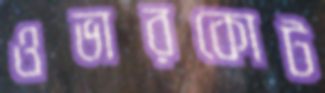
ওভারকোট